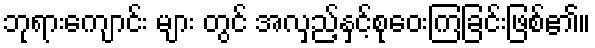
ဘုရားကျောင်း များ တွင် အလှည့်နှင့်စုဝေးကြခြင်းဖြစ်၏။